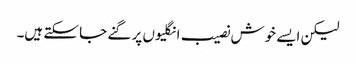
لیکن ایسے خوش نصیب انگلیوں پر گنے جا سکتے ہیں۔